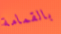
بالقمامة